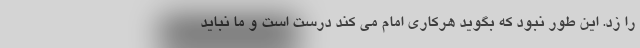
را زد. این طور نبود که بگوید هرکاری امام می کند درست است و ما نباید